Lunatic asylums United Prov. 1922-30 - 1922-1930
Year: 1922
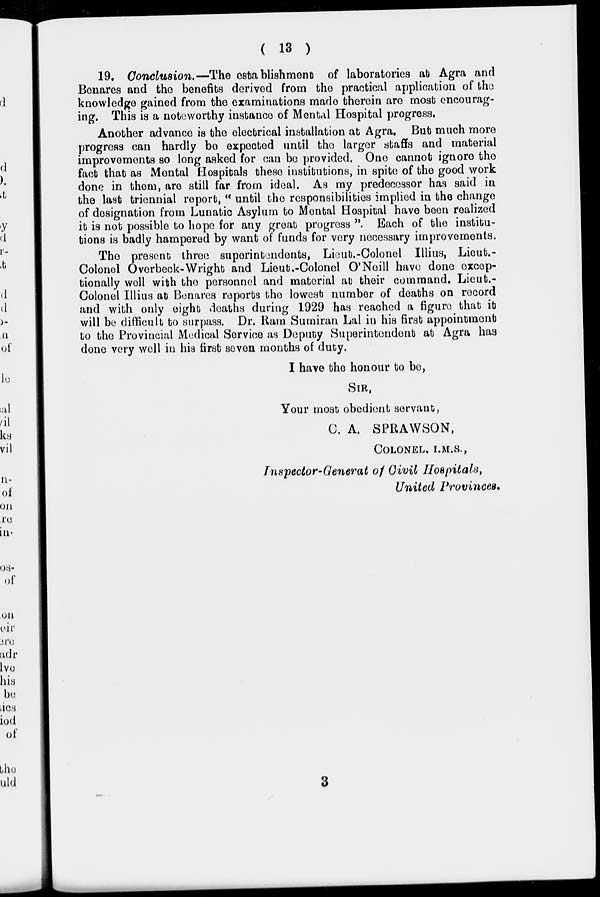
( 13 )
19. Conclusion.—The establishment of laboratories at Agra and
Benares and the benefits derived from the practical application of the
knowledge gained from the examinations made therein are most encourag-
ing. This is a noteworthy instance of Mental Hospital progress.
Another advance is the electrical installation at Agra. But much more
progress can hardly be expected until the larger staffs and material
improvements so long asked for can be provided. One cannot ignore the
fact that as Mental Hospitals these institutions, in spite of the good work
done in them, are still far from ideal. As my predecessor has said in
the last triennial report, " until the responsibilities implied in the change
of designation from Lunatic Asylum to Mental Hospital have been realized
it is not possible to hope for any great progress ". Each of the institu-
tions is badly hampered by want of funds for very necessary improvements.
The present three superintendents, Lieut.-Colonel Illius, Lieut. -
Colonol Overbeck-Wright and Lieut-Colonol O'Neill have done excep-
tionally well with the personnel and material at their command. Lieut.-
Colonel Illius at Benares reports the lowest number of deaths on record
and with only eight deaths during 1929 has reached a figure that it
will be difficult to surpass. Dr. Ram Sumiran Lal in his first appointment
to the Provincial Medical Service as Deputy Superintendent at Agra has
done very well in his first seven months of duty.
I have the honour to be,
SIR,
Your most obedient servant,
C. A. SPRAWSON,
COLONEL, I.M.S.,
Inspector-Generat of Civil Hospitals,
United Provinces.
3